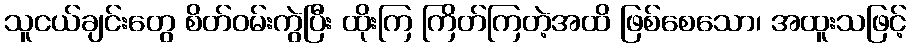
သူငယ်ချင်းတွေ စိတ်ဝမ်းကွဲပြီး ထိုးကြ ကြိတ်ကြတဲ့အထိ ဖြစ်စေသော၊ အထူးသဖြင့်